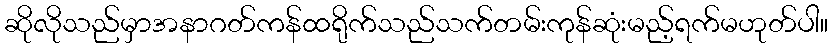
ဆိုလိုသည်မှာအနာဂတ်ကန်ထရိုက်သည်သက်တမ်းကုန်ဆုံးမည့်ရက်မဟုတ်ပါ။